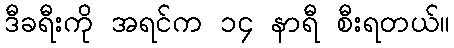
ဒီခရီးကို အရင်က ၁၄ နာရီ စီးရတယ်။